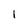
Character: 1